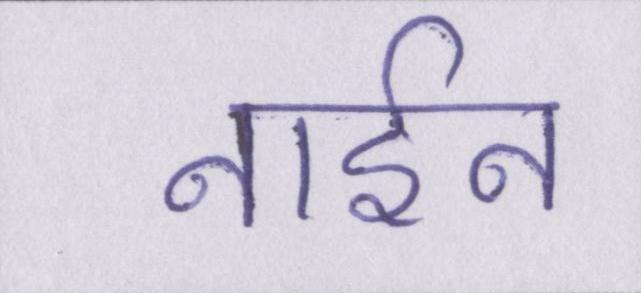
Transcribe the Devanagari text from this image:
नाईन